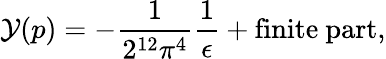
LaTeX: {\cal Y}(p)=-\frac{1}{2^{12}\pi^{4}}\frac{1}{\epsilon}+\mathrm{finite~part},